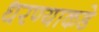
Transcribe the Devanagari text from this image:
धरण्याकडे